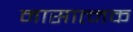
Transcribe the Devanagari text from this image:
नासात्मक